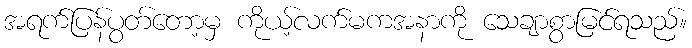
အရက်ပြန်ပွတ်တော့မှ ကိုယ့်လက်မကအနာကို သေချာစွာမြင်ရသည်။